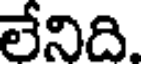
లేనిది.